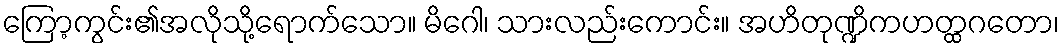
ကြော့ကွင်း၏အလိုသို့ရောက်သော။ မိဂေါ၊ သားလည်းကောင်း။ အဟိတုဏ္ဍိကဟတ္ထဂတော၊